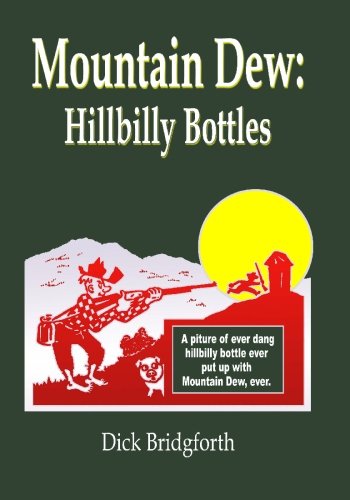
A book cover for Mountain Dew: Hillbilly Bottles; Dick Bridgforth; Crafts, Hobbies & Home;